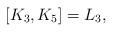
LaTeX: \begin{gather*}[K_3, K_5]=L_3,\end{gather*}